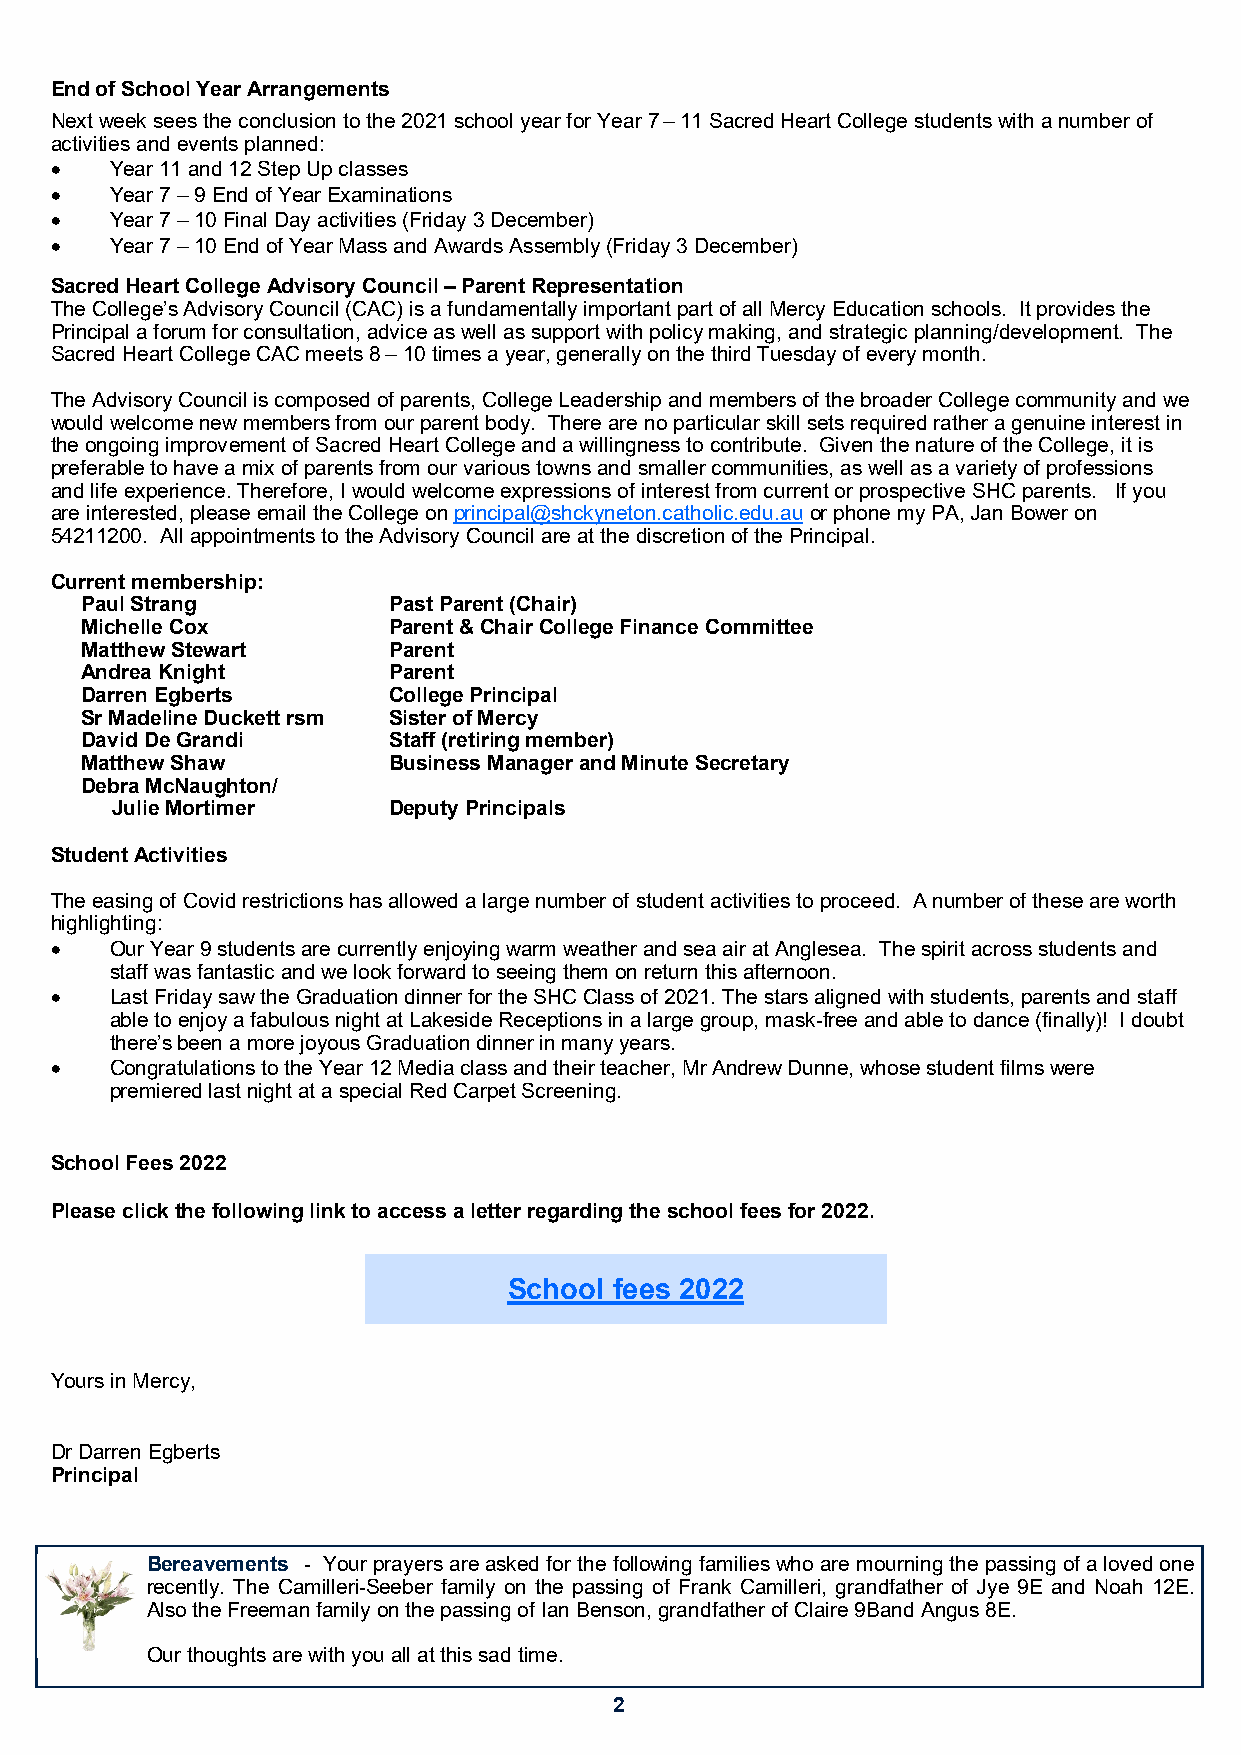
End of School Year Arrangements
 Next week sees the conclusion to the 2021 school year for Year 7 – 11 Sacred Heart College students with a number of
 activities and events planned:
    Year 11 and 12 Step Up classes
    Year 7 – 9 End of Year Examinations
    Year 7 – 10 Final Day activities (Friday 3 December)
    Year 7 – 10 End of Year Mass and Awards Assembly (Friday 3 December)
 Sacred Heart College Advisory Council – Parent Representation
 The College’s Advisory Council (CAC) is a fundamentally important part of all Mercy Education schools. It provides the
 Principal a forum for consultation, advice as well as support with policy making, and strategic planning/development. The
 Sacred Heart College CAC meets 8 – 10 times a year, generally on the third Tuesday of every month.
 The Advisory Council is composed of parents, College Leadership and members of the broader College community and we
 would welcome new members from our parent body. There are no particular skill sets required rather a genuine interest in
 the ongoing improvement of Sacred Heart College and a willingness to contribute. Given the nature of the College, it is
 preferable to have a mix of parents from our various towns and smaller communities, as well as a variety of professions
 and life experience. Therefore, I would welcome expressions of interest from current or prospective SHC parents. If you
 are interested, please email the College on principal@shckyneton.catholic.edu.au or phone my PA, Jan Bower on
 54211200. All appointments to the Advisory Council are at the discretion of the Principal.
 Current membership:
 Paul Strang          Past Parent (Chair)
 Michelle Cox         Parent & Chair College Finance Committee
 Matthew Stewart      Parent
 Andrea Knight        Parent
 Darren Egberts       College Principal
 Sr Madeline Duckett rsm Sister of Mercy
 David De Grandi      Staff (retiring member)
 Matthew Shaw         Business Manager and Minute Secretary
 Debra McNaughton/
 Julie Mortimer     Deputy Principals
 Student Activities
 The easing of Covid restrictions has allowed a large number of student activities to proceed. A number of these are worth
 highlighting:
    Our Year 9 students are currently enjoying warm weather and sea air at Anglesea. The spirit across students and
 staff was fantastic and we look forward to seeing them on return this afternoon.
    Last Friday saw the Graduation dinner for the SHC Class of 2021. The stars aligned with students, parents and staff
 able to enjoy a fabulous night at Lakeside Receptions in a large group, mask-free and able to dance (finally)! I doubt
 there’s been a more joyous Graduation dinner in many years.
    Congratulations to the Year 12 Media class and their teacher, Mr Andrew Dunne, whose student films were
 premiered last night at a special Red Carpet Screening.
 School Fees 2022
 Please click the following link to access a letter regarding the school fees for 2022.
 School fees 2022
 Yours in Mercy,
 Dr Darren Egberts
 Principal
 Bereavements - Your prayers are asked for the following families who are mourning the passing of a loved one
 recently. The Camilleri-Seeber family on the passing of Frank Camilleri, grandfather of Jye 9E and Noah 12E.
 Also the Freeman family on the passing of Ian Benson, grandfather of Claire 9Band Angus 8E.
 Our thoughts are with you all at this sad time.
 2